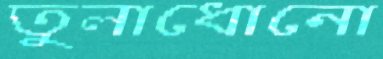
তুলাধোনো